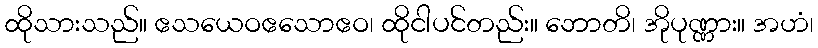
ထိုသားသည်။ ဧသယေဝဧသောဧဝ၊ ထိုငါပင်တည်း။ ဘောတိ၊ အိုပုဏ္ဏား။ အဟံ၊